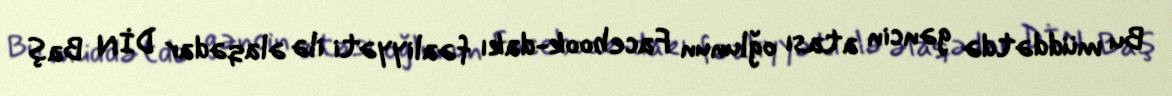
Bu müddətdə gəncin atası oğlunun Facebook-dakı fəaliyyəti ilə əlaqədar DİN Baş